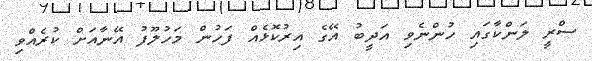
ސްރީ ލަންކާގައި ހުންނެވި އަދީބު އޭގެ އިރުކޮޅެއް ފަހުން މަހުލޫފު އޭނާއަށް ކުރެއްވި